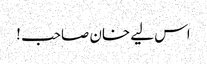
اس لیے خان صاحب !